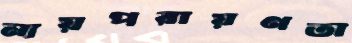
ন্যয়পরায়ণতা